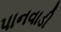
પાનવાડી